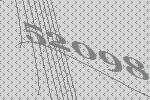
52098